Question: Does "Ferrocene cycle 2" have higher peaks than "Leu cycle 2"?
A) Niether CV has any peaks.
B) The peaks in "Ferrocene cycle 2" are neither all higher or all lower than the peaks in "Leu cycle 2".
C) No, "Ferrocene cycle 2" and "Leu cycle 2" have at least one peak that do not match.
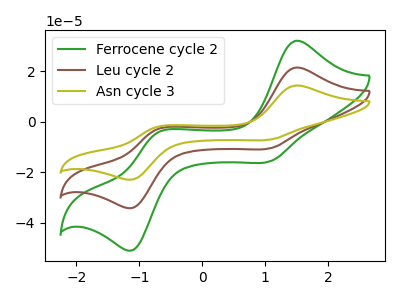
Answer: <think>The green curve "Ferrocene cycle 2" has anodic peaks at (1.50V, 32.15uA) (-0.70V, -4.25uA) and cathodic peaks at (1.10V, -15.55uA) (-1.10V, -50.65uA). The brown curve "Leu cycle 2" has anodic peaks at (1.50V, 21.55uA) (-0.70V, -2.85uA) and cathodic peaks at (1.10V, -10.45uA) (-1.10V, -33.95uA). The olive curve "Asn cycle 3" has anodic peaks at (1.50V, 43.10uA) (-0.70V, -5.70uA) and cathodic peaks at (1.10V, -20.85uA) (-1.10V, -67.85uA).</think>
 <answer>B) The peaks in "Ferrocene cycle 2" are neither all higher or all lower than the peaks in "Leu cycle 2".</answer>
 <eval>B</eval>